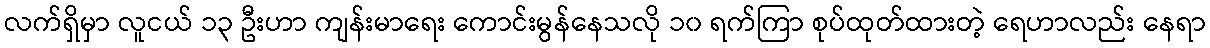
လက်ရှိမှာ လူငယ် ၁၃ ဦးဟာ ကျန်းမာရေး ကောင်းမွန်နေသလို ၁၀ ရက်ကြာ စုပ်ထုတ်ထားတဲ့ ရေဟာလည်း နေရာ